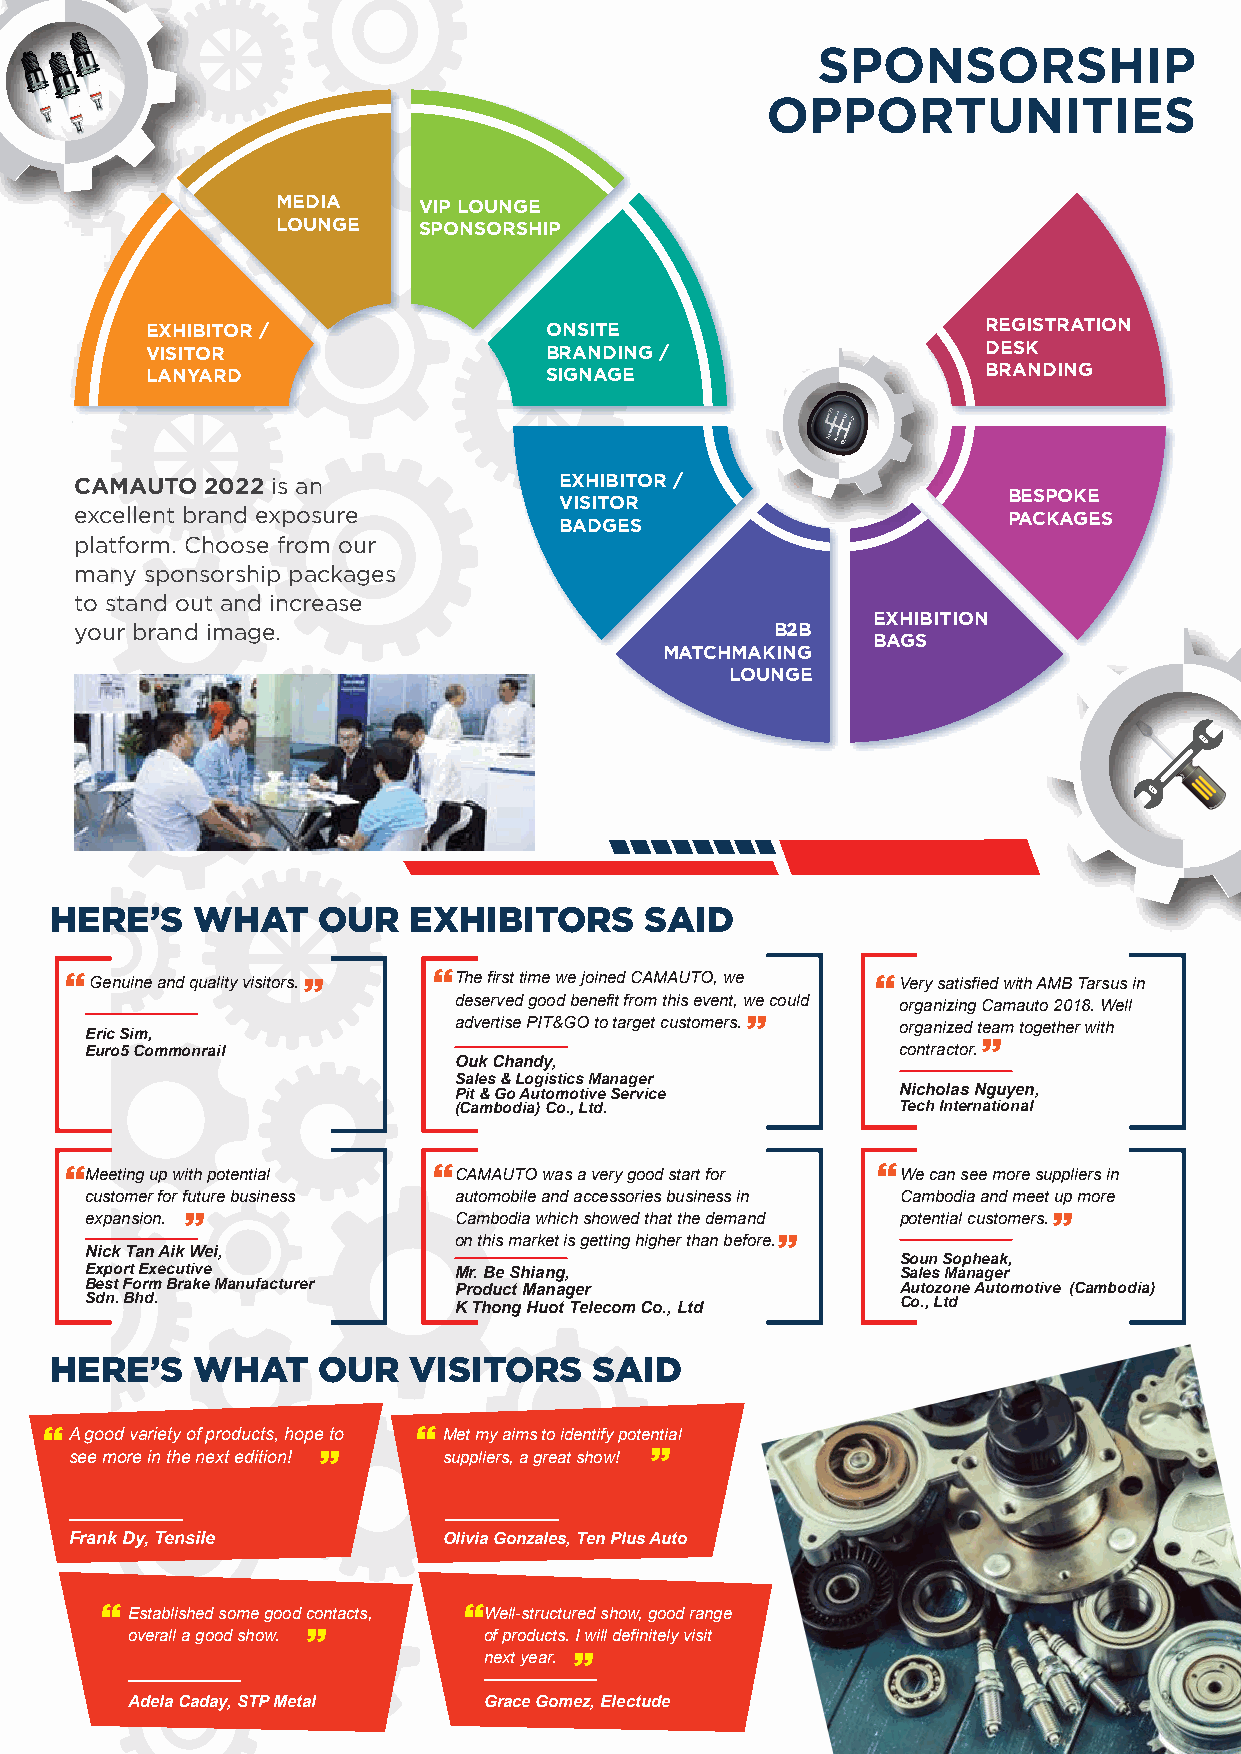
SPONSORSHIP
 OPPORTUNITIES
 MEDIA     VIP LOUNGE
 LOUNGE    SPONSORSHIP
 EXHIBITOR /               ONSITE                       REGISTRATION
 VISITOR                   BRANDING /                   DESK
 LANYARD                   SIGNAGE                      BRANDING
 CAMAUTO  2022 is an             EXHIBITOR /
 BESPOKE
 VISITOR
 excellent brand exposure                                      PACKAGES
 BADGES
 platform. Choose from our
 many sponsorship packages
 to stand out and increase
 EXHIBITION
 your brand image.                             B2B
 BAGS
 MATCHMAKING
 LOUNGE
 HERE’S    WHAT    OUR   EXHIBITORS      SAID
 “
 “Genuine and quality visitors. “The first time we joined CAMAUTO, we “Very satisfied with AMB Tarsus in
 deserved good benefit from this event, w“e could organizing Camauto 2018. Well
 advertise PIT&GO to target customers. organized te“am together with
 Eric Sim,
 Euro5 Commonrail                                      contractor.
 Ouk Chandy,
 Sales & Logistics Manager
 Pit & Go Automotive Service   Nicholas Nguyen,
 (Cambodia) Co., Ltd.          Tech International
 “Meeting up with potential “CAMAUTO was a very good start for “We can see more suppliers in
 customer for f“uture business automobile and accessories business in Cambodia and meet “up more
 expansion.              Cambodia which showed that the demand “ potential customers.
 on this market is getting higher than before.
 Nick Tan Aik Wei,
 Soun Sopheak,
 Export Executive        Mr. Be Shiang,                Sales Manager
 Best Form Brake Manufacturer Product Manager          Autozone Automotive (Cambodia)
 Sdn. Bhd.               K Thong Huot Telecom Co., Ltd Co., Ltd
 HERE’S    WHAT    OUR   VISITORS    SAID
 “A good variety of products, hope“ to “ Met my aims to identify pote“ntial
 see more in the next edition! suppliers, a great show!
 Frank Dy, Tensile       Olivia Gonzales, Ten Plus Auto
 “Established some good c“ontacts, “Well-structured show, good range
 overall a good show.    of products. “I will definitely visit
 next year.
 Adela Caday, STP Metal  Grace Gomez, Electude